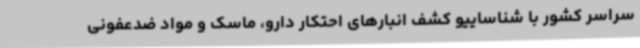
سراسر کشور با شناساییو کشف انبارهای احتکار دارو، ماسک و مواد ضدعفونی